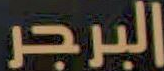
البرجر